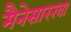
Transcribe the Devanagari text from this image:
मैनेसारखा